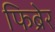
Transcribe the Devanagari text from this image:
फिब्रेर